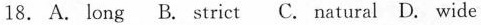
18.A. long B. strict C. natural D. wide